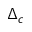
\Delta _ { c }